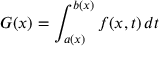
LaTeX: G ( x ) = \int _ { a ( x ) } ^ { b ( x ) } f ( x , t ) \, d t